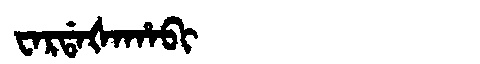
Manchu: ᠸᠠᡵᡩᠠᡧᠠᡥᠠᠪᡳ
Romanization: WARDAŠAHABI